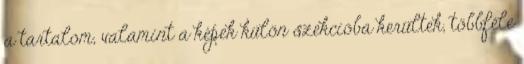
a tartalom, valamint a képek külön szekcióba kerültek, többféle